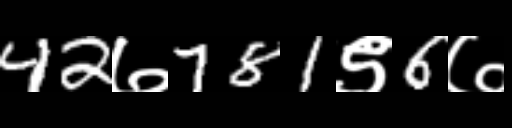
Text: 42७781९6७